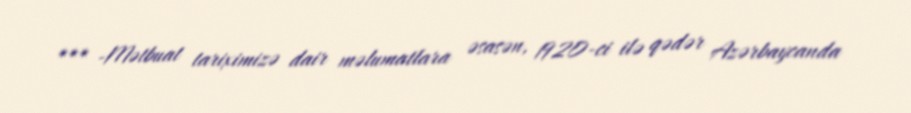
*** -Mətbuat tariximizə dair məlumatlara əsasən, 1920-ci ilə qədər Azərbaycanda